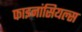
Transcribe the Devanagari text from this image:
फाइनांसियल्स